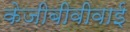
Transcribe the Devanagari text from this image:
केजीबीवीवाई